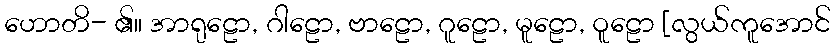
ဟောတိ- ၏။ အာရုဠော, ဂါဠော, ဗာဠော, ဂူဠော, မူဠော, ဝူဠော [လွယ်ကူအောင်